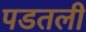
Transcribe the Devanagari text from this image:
पडतली